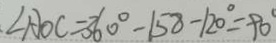
\angle A O C = 3 6 0 ^ { \circ } - 1 5 8 - 1 2 0 ^ { \circ } = 9 0 ^ { \circ }